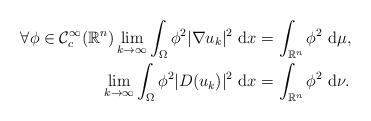
LaTeX: \begin{align*}\forall \phi\in\mathcal{C}_c^\infty (\mathbb{R}^n) \lim_{k\to\infty} \int_\Omega \phi^2 |\nabla u_k|^2 ~\mbox{d}x & = \int_{\mathbb{R}^n} \phi^2 ~\mbox{d}\mu,\\ \lim_{k\to\infty} \int_\Omega \phi^2 |D(u_k)|^2 ~\mbox{d}x & = \int_{\mathbb{R}^n} \phi^2 ~\mbox{d}\nu.\end{align*}